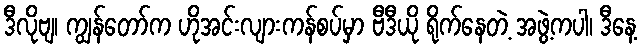
ဒီလိုဗျ၊ ကျွန်တော်က ဟိုအင်းလျားကန်စပ်မှာ ဗီဒီယို ရိုက်နေတဲ့ အဖွဲ့ကပါ၊ ဒီနေ့